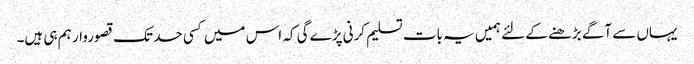
یہاں سے آگے بڑھنے کے لئے ہمیں یہ بات تسلیم کرنی پڑے گی کہ اس میں کسی حد تک قصوروار ہم ہی ہیں۔